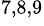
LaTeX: ^{7,8,9}